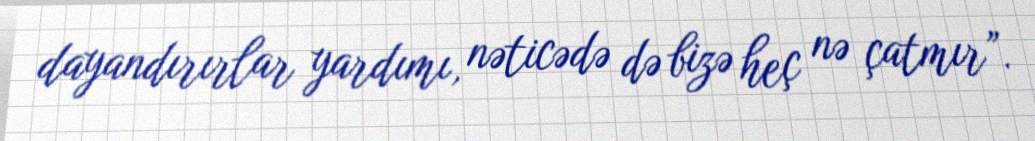
dayandırırlar yardımı, nəticədə də bizə heç nə çatmır”.